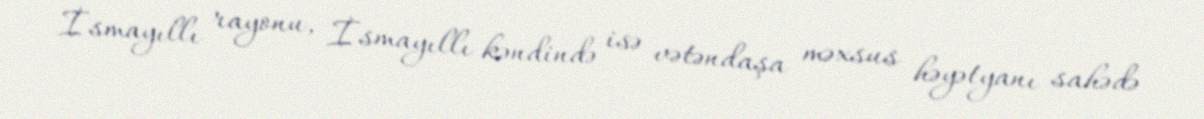
İsmayıllı rayonu, İsmayıllı kəndində isə vətəndaşa məxsus həyətyanı sahədə